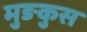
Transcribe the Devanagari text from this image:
मुङकुस